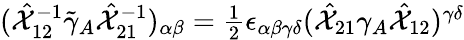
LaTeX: (\hat{{\cal X}}_{12}^{-1}\tilde{\gamma}_{A}\hat{{\cal X}}_{21}^{-1})_{\alpha\beta}=\textstyle{\frac{1}{2}}\epsilon_{\alpha\beta\gamma\delta}(\hat{{\cal X}}_{21}\gamma_{A}\hat{{\cal X}}_{12})^{\gamma\delta}